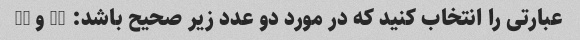
عبارتی را انتخاب کنید که در مورد دو عدد زیر صحیح باشد: 24 و 36